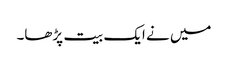
میں نے ایک بیت پڑھا۔